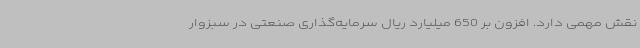
نقش مهمی دارد. افزون بر 650 میلیارد ریال سرمایه‌گذاری صنعتی در سبزوار